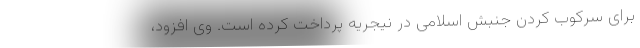
برای سرکوب کردن جنبش اسلامی در نیجریه پرداخت کرده است. وی افزود،